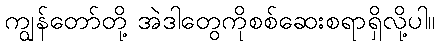
ကျွန်တော်တို့ အဲဒါတွေကိုစစ်ဆေးစရာရှိလို့ပါ။